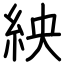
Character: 紻